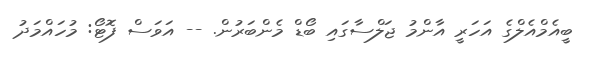
ބީއެމްއެލްގެ އަހަރީ އާންމު ޖަލްސާގައި ބޯޑް މެންބަރުން. -- އަވަސް ފޮޓޯ: މުހައްމަދު